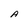
Character: A